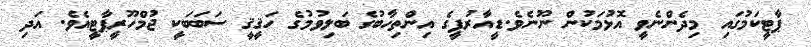
ޕާޓީކަމުގައި މިދެންނެވީ އޮޅުމަކުން ނޫނެވެ.ޑީއާރުޕީގެ އިންތިހާބުގެ ބަލިވުމުގެ ހަޤީޤީ ސަބަބަކީ ޖުމްހޫރީޕާޓީއެވެ. އަދި